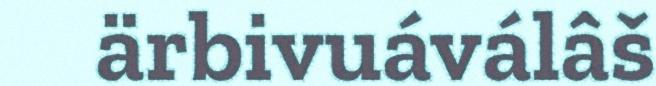
ärbivuáválâš